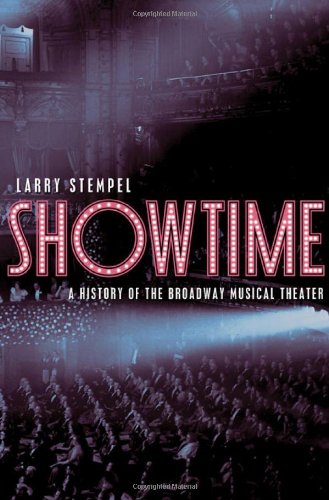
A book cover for Showtime: A History of the Broadway Musical Theater; Larry Stempel; Arts & Photography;